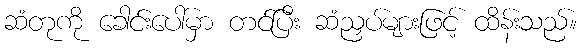
ဆံတုကို ခေါင်းပေါ်မှာ တင်ပြီး ဆံညှပ်များဖြင့် ထိန်းသည်။